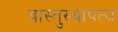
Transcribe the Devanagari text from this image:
वास्तुस्थापत्य